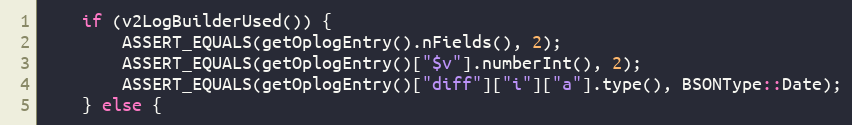
Language: C++
    if (v2LogBuilderUsed()) {
        ASSERT_EQUALS(getOplogEntry().nFields(), 2);
        ASSERT_EQUALS(getOplogEntry()["$v"].numberInt(), 2);
        ASSERT_EQUALS(getOplogEntry()["diff"]["i"]["a"].type(), BSONType::Date);
    } else {